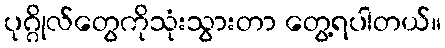
ပုဂ္ဂိုလ်တွေကိုသုံးသွားတာ တွေ့ရပါတယ်။